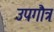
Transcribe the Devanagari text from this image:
उपगौत्र